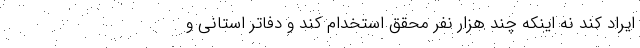
ایراد کند نه اینکه چند هزار نفر محقق استخدام کند و دفاتر استانی و